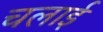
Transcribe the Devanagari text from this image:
चलार्इ